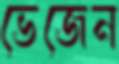
ভেজেন